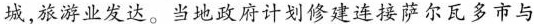
城，旅游业发达。当地政府计划修建连接萨尔瓦多市与